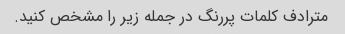
مترادف کلمات پررنگ در جمله زیر را مشخص کنید.